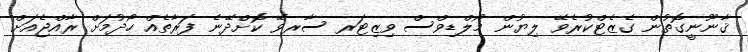
ޤާނޫނީގޮތުން ގެޒެޓްކުރެވޭ ލިޔުން މޯލްޑިވްސް ވިޒިޓަރ ސާރވޭ ކޮށްދޭނެ ފަރާތެއް ހޯދުމަށް ރާއްޖެއަށް